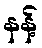
နန့်